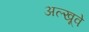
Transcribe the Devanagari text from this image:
अल्खूवे